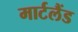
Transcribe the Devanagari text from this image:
मार्टलैंड